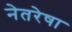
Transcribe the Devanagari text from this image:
नेतरेषा